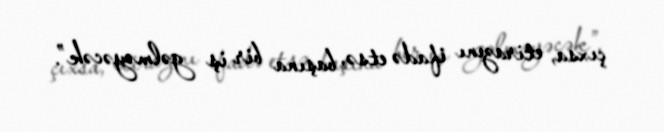
çıxsa, etirazını ifadə etsə, başına bir iş gəlməyəcək”.